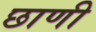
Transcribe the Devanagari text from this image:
छाणी